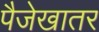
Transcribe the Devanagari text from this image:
पैजेखातर